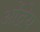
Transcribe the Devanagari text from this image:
ओंद्रेय